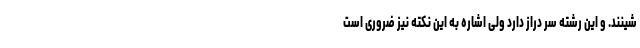
شینند. و این رشته سر دراز دارد ولی اشاره به این نکته نیز ضروری است